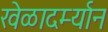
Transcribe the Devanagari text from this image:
खेळादर्म्यान